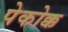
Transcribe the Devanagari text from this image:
पेकोक्क